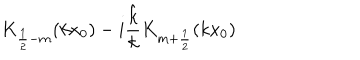
K _ { \frac 1 2 - m } ( k x _ { 0 } ) - i \frac { \hat { k } } { k } K _ { m + \frac 1 2 } ( k x _ { 0 } )